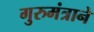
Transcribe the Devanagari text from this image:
गुरुमंत्राने